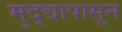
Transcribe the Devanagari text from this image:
मुद्द्यापासून